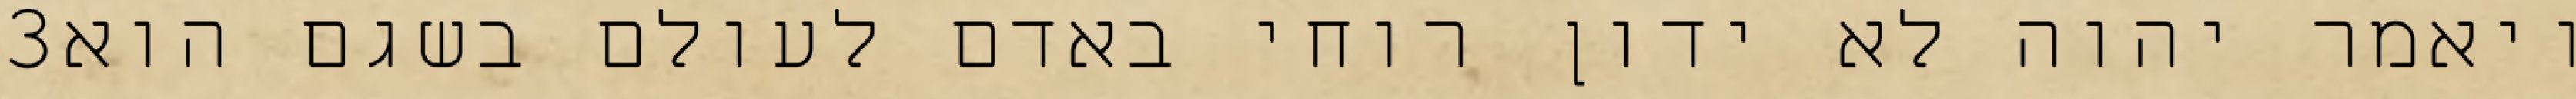
‎3‏ ויאמר יהוה לא ידון רוחי באדם לעולם בשגם הוא